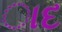
ાદ